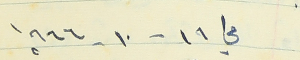
في ١٩ - ١٠ - ١٩٦٦